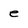
Character: e